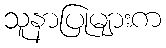
သူနာပြုများက